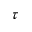
\tau